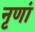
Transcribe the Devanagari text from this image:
नृणां